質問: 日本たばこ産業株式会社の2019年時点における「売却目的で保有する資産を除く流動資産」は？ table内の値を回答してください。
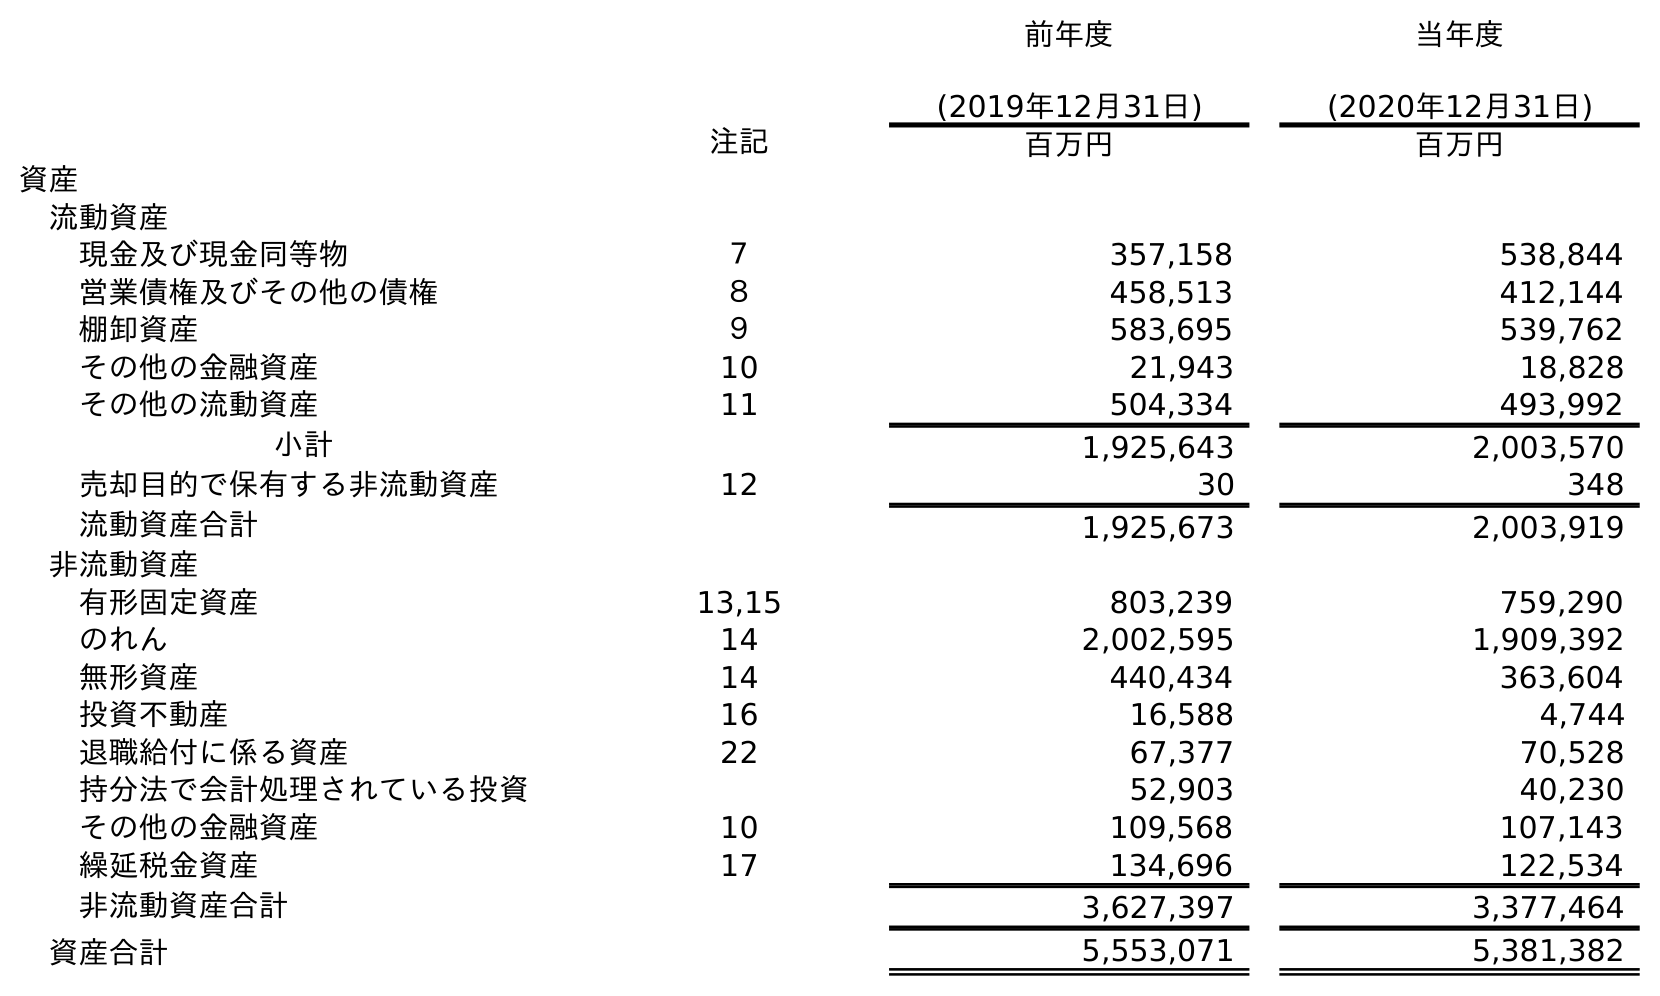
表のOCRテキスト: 前年度 (2019年12月31日) 当年度 (2020年12月31日) 注記 百万円 百万円 資産 流動資産 現金及び現金同等物 ７ 357,158 538,844 営業債権及びその他の債権 ８ 458,513 412,144 棚卸資産 ９ 583,695 539,762 その他の金融資産 10 21,943 18,828 その他の流動資産 11 504,334 493,992 小計 1,925,643 2,003,570 売却目的で保有する非流動資産 12 30 348 流動資産合計 1,925,673 2,003,919 非流動資産 有形固定資産 13,15 803,239 759,290 のれん 14 2,002,595 1,909,392 無形資産 14 440,434 363,604 投資不動産 16 16,588 4,744 退職給付に係る資産 22 67,377 70,528 持分法で会計処理されている投資 52,903 40,230 その他の金融資産 10 109,568 107,143 繰延税金資産 17 134,696 122,534 非流動資産合計 3,627,397 3,377,464 資産合計 5,553,071 5,381,382
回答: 1,925,643